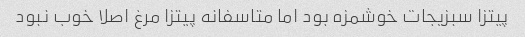
پیتزا سبزیجات خوشمزه بود اما متاسفانه پیتزا مرغ اصلا خوب نبود